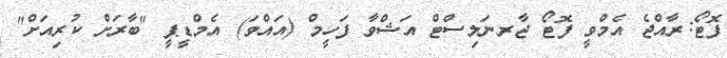
ފޮޓޯ:ރާއްޖެ އެމްވީ ފޮޓޯ ޖާރނަލިސްޓް އަޝްވާ ފަހީމް (އައްވަ) އެމްޑީޕީ "ބާރަށް ކުރިއަށް"